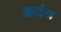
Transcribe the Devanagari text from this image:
कटांग